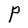
Character: P